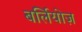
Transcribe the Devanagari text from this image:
बर्लियोज़